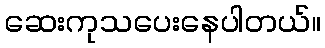
ဆေးကုသပေးနေပါတယ်။